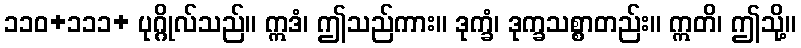
၁၁၀+၁၁၁+ ပုဂ္ဂိုလ်သည်။ ဣဒံ၊ ဤသည်ကား။ ဒုက္ခံ၊ ဒုက္ခသစ္စာတည်း။ ဣတိ၊ ဤသို့။